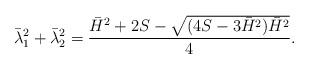
LaTeX: \begin{align*}\bar \lambda_1^2+\bar \lambda_2^2=\dfrac{\bar H^2+2S- \sqrt{(4S-3\bar H^2)\bar H^2}}4.\end{align*}